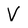
Character: V